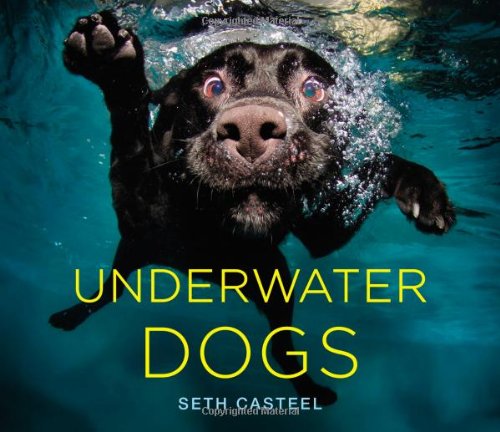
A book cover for Underwater Dogs; Seth Casteel; Crafts, Hobbies & Home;